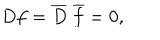
LaTeX: D f = { \overline { { D } } } ~ { \overline { { f } } } = 0 ,